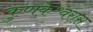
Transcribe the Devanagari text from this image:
कुणकेश्र्वरास